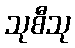
သုစီသု